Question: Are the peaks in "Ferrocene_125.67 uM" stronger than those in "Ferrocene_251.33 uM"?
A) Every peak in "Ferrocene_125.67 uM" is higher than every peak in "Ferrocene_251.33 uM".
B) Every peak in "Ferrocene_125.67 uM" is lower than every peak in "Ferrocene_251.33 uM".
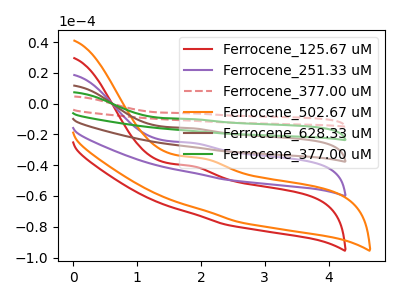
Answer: <think>The red curve "Ferrocene_125.67 uM" has an anodic peak at: (1.85V, -40.50uA). The purple curve "Ferrocene_251.33 uM" has an anodic peak at: (1.85V, -25.45uA). The red dashed curve "Ferrocene_377.00 uM" has an anodic peak at: (1.85V, -101.85uA). The orange curve "Ferrocene_502.67 uM" has an anodic peak at: (2.00V, -35.50uA). The brown curve "Ferrocene_628.33 uM" has an anodic peak at: (1.85V, -50.90uA). The green curve "Ferrocene_377.00 uM" has an anodic peak at: (1.85V, -76.40uA).</think>
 <answer>B) Every peak in "Ferrocene_125.67 uM" is lower than every peak in "Ferrocene_251.33 uM".</answer>
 <eval>B</eval>